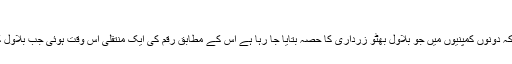
سندھ میں حکومت نہیں وزیر اعلیٰ تبدیل کرنے کی کوشش
پیپلز پارٹی کے وکیلا فاروق ایچ نائیک اور لطیف کھوسہ نے عدالت کو بتایا کہ دونوں کمپنیوں میں جو بلاول بھٹو زرداری کا حصہ بتایا جا رہا ہے اس کے مطابق رقم کی ایک منتقلی اس وقت ہوئی جب بلاول کی عمر ایک سال تھی، اور دوسری اس وقت ہوئی جب وہ چھ سال کے تھے۔